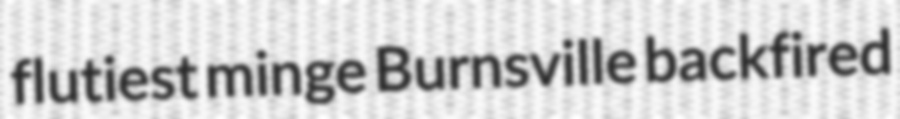
flutiest minge Burnsville backfired